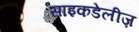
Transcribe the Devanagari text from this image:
साइकडेलीज़